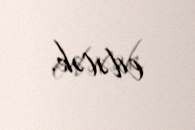
edəcək.